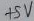
Text: +5V